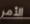
الأمر